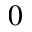
0